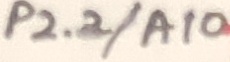
Text: P2.2/A10